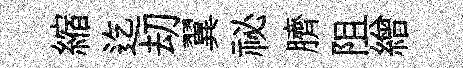
縮迄刧翼祕臍阻繒